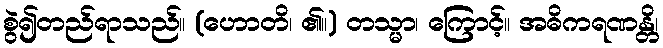
စွဲ၍တည်ရာသည်။ (ဟောတိ၊ ၏။) တသ္မာ၊ ကြောင့်။ အဓိကရဏန္တိ၊